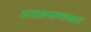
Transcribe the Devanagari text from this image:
आक्रमणकर